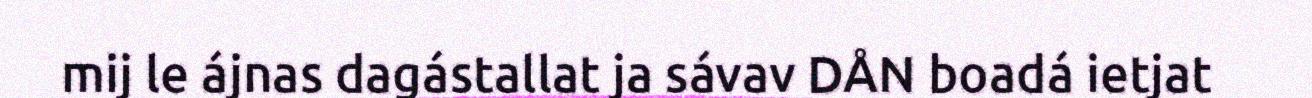
mij le ájnas dagástallat ja sávav DÅN boadá ietjat